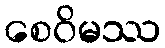
စေဝိမဿ